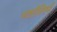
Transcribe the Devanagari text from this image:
भक्तीविषयीं